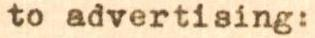
to advertising: